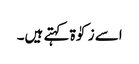
اسے زکوٰۃ کہتے ہیں۔